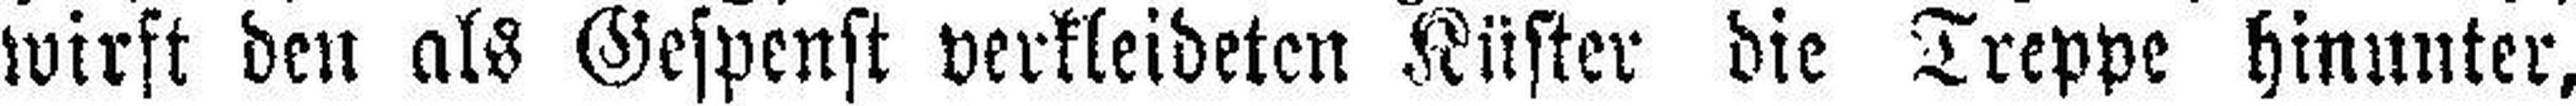
wirft den als Gespenst verkleideten Küster die Treppe hinunter,